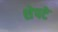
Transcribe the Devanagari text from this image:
शेपटे